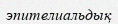
эпителиальдық